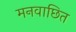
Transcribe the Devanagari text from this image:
मनवाछित